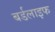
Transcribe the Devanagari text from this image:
बर्डलाइफ